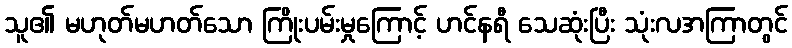
သူ၏ မဟုတ်မဟတ်သော ကြိုးပမ်းမှုကြောင့် ဟင်နရီ သေဆုံးပြီး သုံးလအကြာတွင်